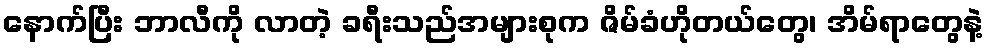
နောက်ပြီး ဘာလီကို လာတဲ့ ခရီးသည်အများစုက ဇိမ်ခံဟိုတယ်တွေ၊ အိမ်ရာတွေနဲ့